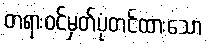
တရားဝင်မှတ်ပုံတင်ထားသော